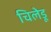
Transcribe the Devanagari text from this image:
चिलेडू